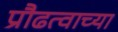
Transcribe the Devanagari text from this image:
प्रौढत्वाच्या